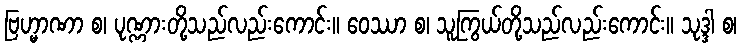
ဗြဟ္မာဏာ စ၊ ပုဏ္ဏားတို့သည်လည်းကောင်း။ ဝေဿာ စ၊ သူကြွယ်တို့သည်လည်းကောင်း။ သုဒ္ဒါ စ၊